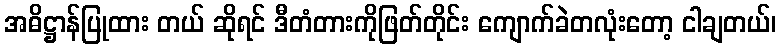
အဓိဋ္ဌာန်ပြုထား တယ် ဆိုရင် ဒီတံတားကိုဖြတ်တိုင်း ကျောက်ခဲတလုံးတော့ ငါချတယ်၊